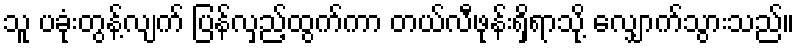
သူ ပခုံးတွန့်လျက် ပြန်လှည့်ထွက်ကာ တယ်လီဖုန်းရှိရာသို့ လျှောက်သွားသည်။